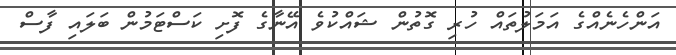
އަންހެނެއްގެ އަމަލުތައް ހުރި ގޮތުން ޝައްކުވެ އޭނާގެ ފޮށި ކަސްޓަމުން ބަލައި ފާސް